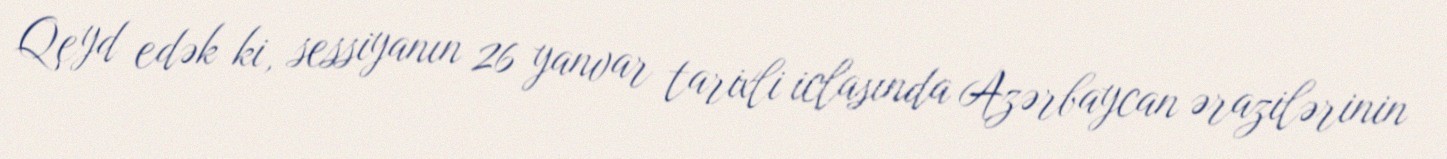
Qeyd edək ki, sessiyanın 26 yanvar tarixli iclasında Azərbaycan ərazilərinin